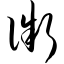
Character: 微